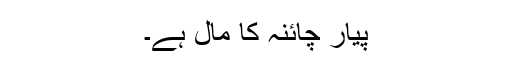
پیار چائنہ کا مال ہے۔